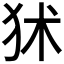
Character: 𤝞